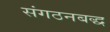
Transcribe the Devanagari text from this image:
संगठनबद्ध